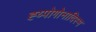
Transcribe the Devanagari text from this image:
ह्य्पोगोनादिस्म